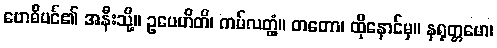
ဗောဓိပင်၏ အနီးသို့။ ဥပေဟိတိ၊ ကပ်လတ္တံ့။ တတော၊ ထိုနောင်မှ။ နရုတ္တမော၊